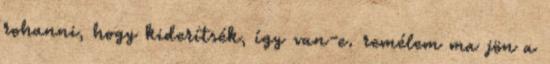
rohanni, hogy kiderítsék, így van-e. remélem ma jön a